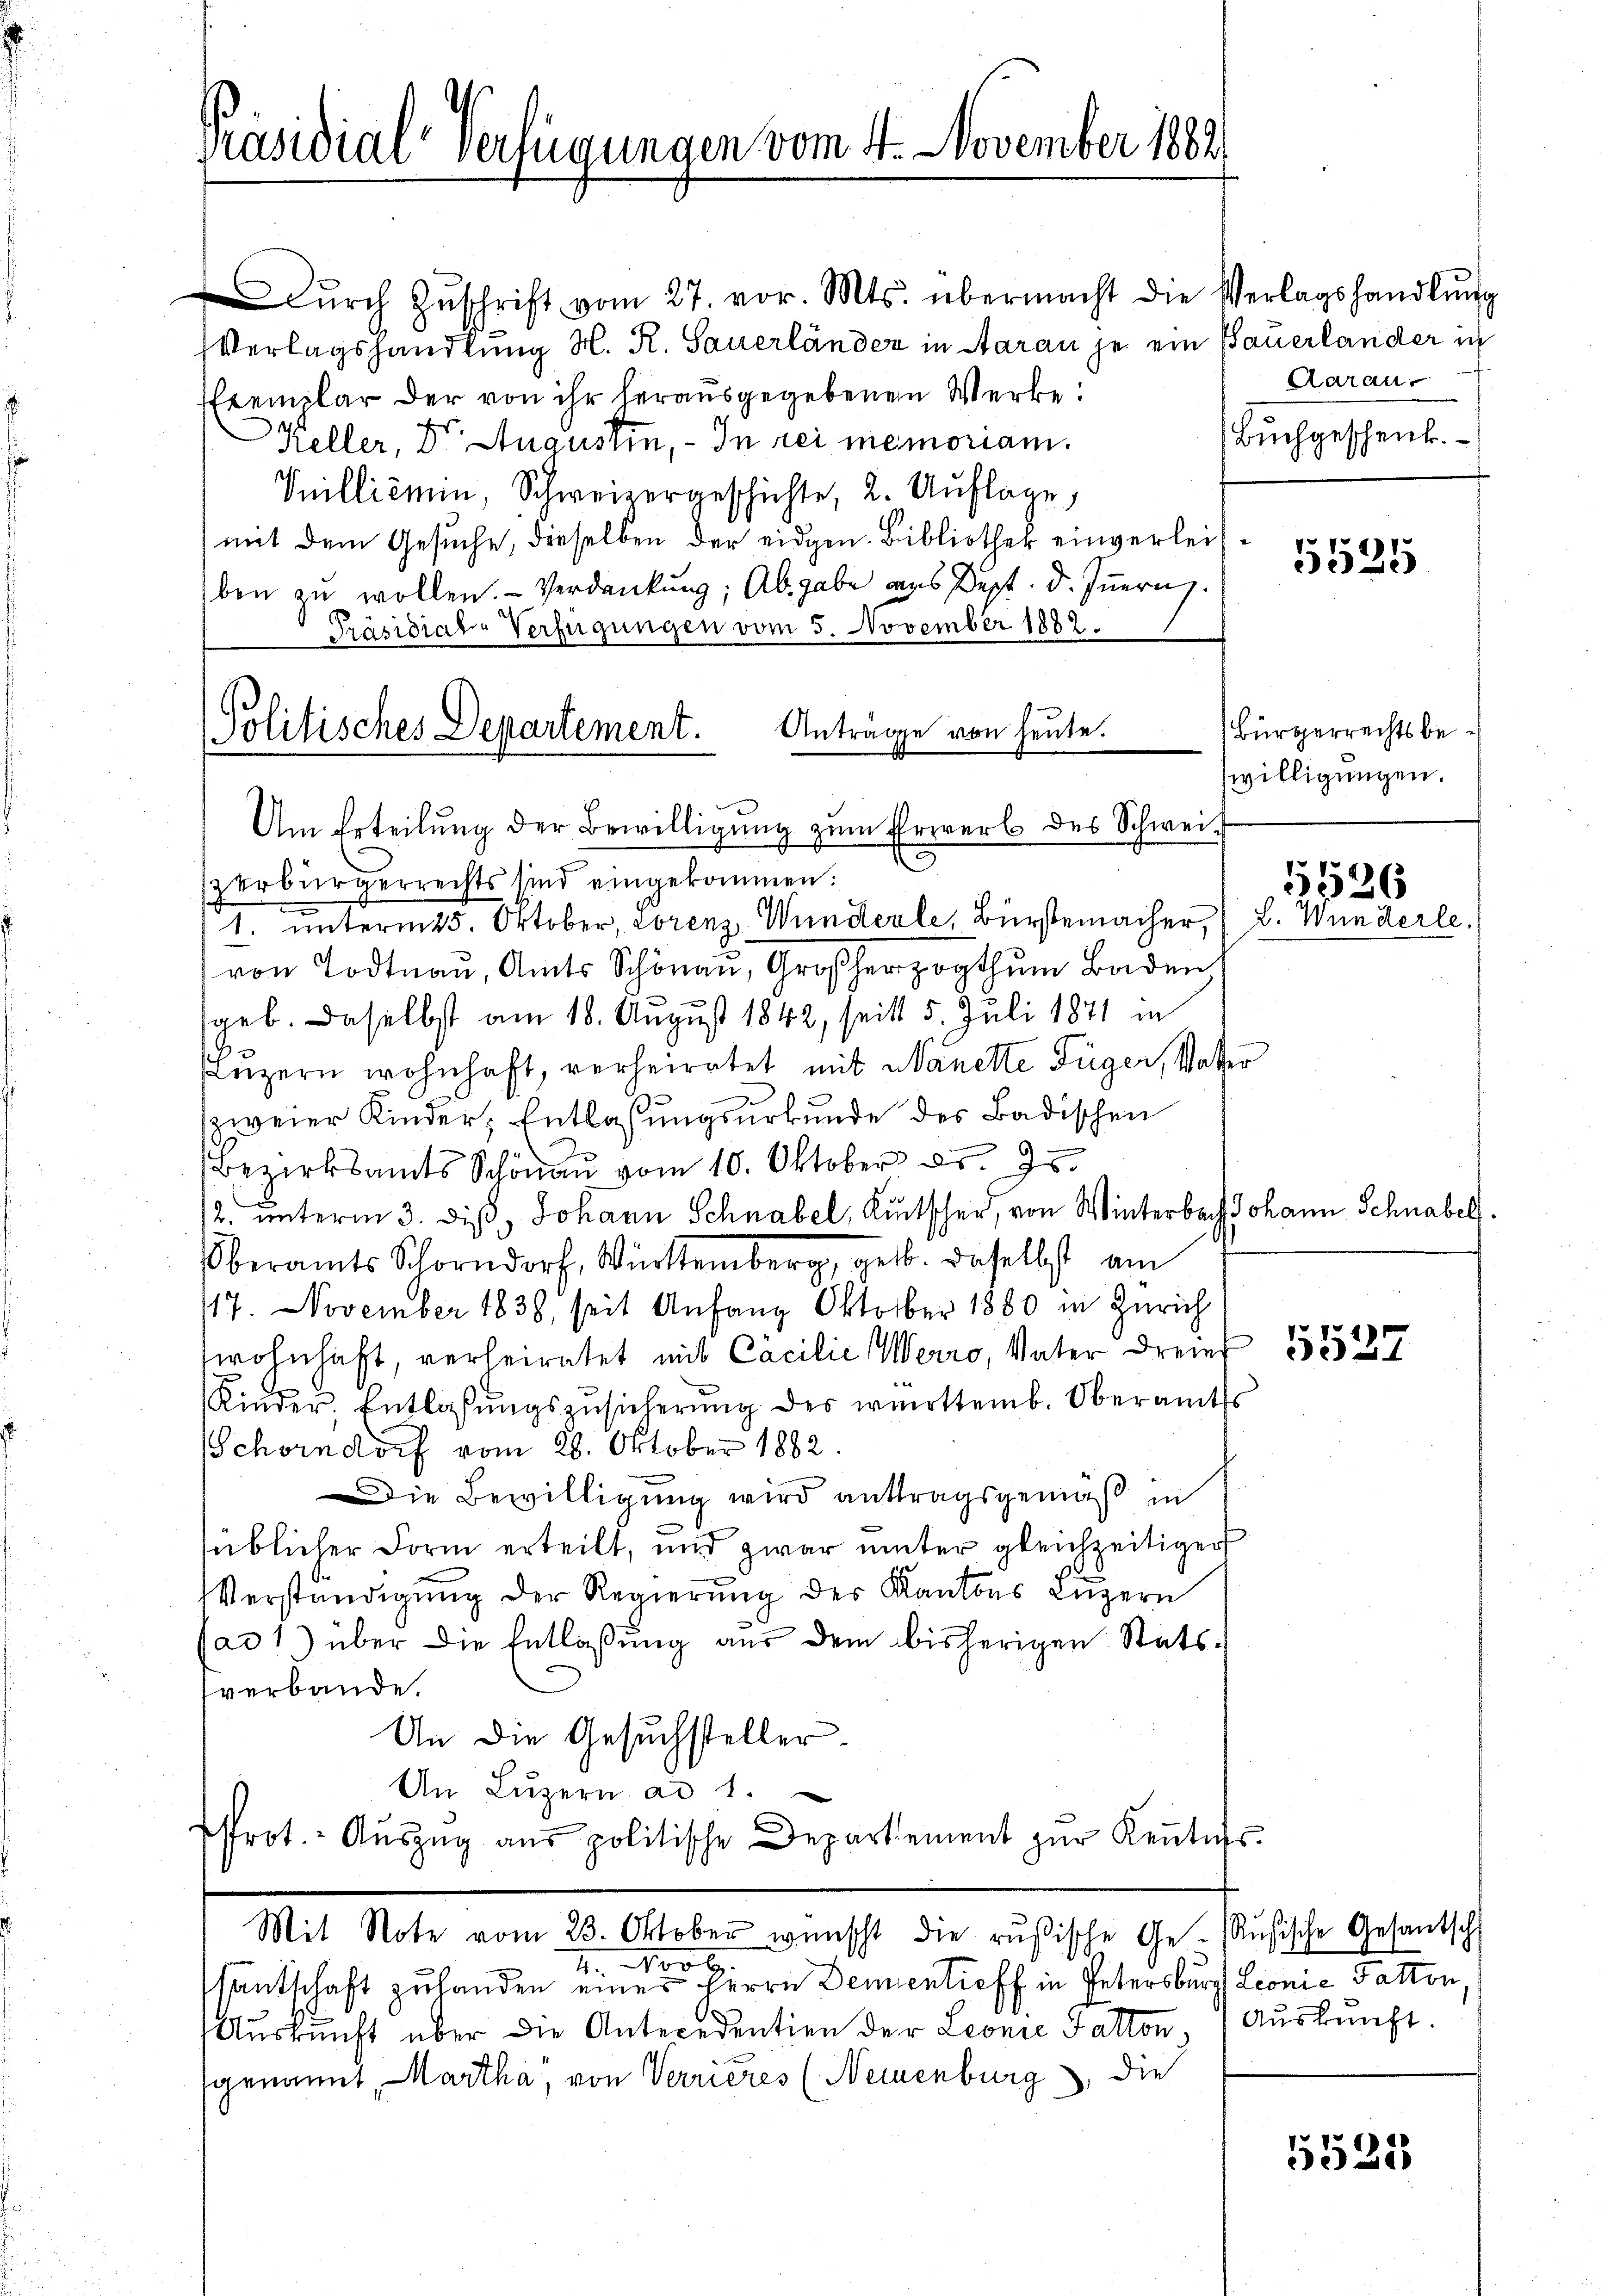
Präsidial-Verfügungen vom 4. November 1882

Politisches Departement. Anträge von heute.

Dŭrch Zŭschrift vom 27. vor. Mts. übermacht die Verlagshandlŭng
Verlagshandlung N. K. Sauerländer in Aarau je ein Bauerlander in
Exemplar der von ihr herausgegebenen Werke:
Keller, Dr. Augustin, - In rei memoriam.
Vnillicmin, Schweizergeschichte, 2. Auflage,
mit dem Gesuche, dieselben der eidgen. Bibliothek einverlei
ben zu wollen. - Verdankung; Abgabe aus Dept. d. Innern.
Präsidial-Verfügungen vom 5. November 1882.
Um Erteilung der Bewilligung zum Erwerb des Schwei-
zerbürgerrechts sind eingekommen.
r
1. unterm 25. Oktober, Lorenz, Wunderle, Bürstemacher, (L. Wunder
von Todtnau, Amts Schönau, Großherzogthum Baden
geb. Daselbst am 18. August 1842, seits 5. Juli 1871 in
Luzern wohnhaft, verheiratet mit Manette Füger, Vate
zweier Kinder Entlassungsurkunde des Badischen
Bezirksamts Schönau vom 10. Oktober d. Js.
2. unterm 3. dieß, Johann Schnabel, Kutscher, von Winterbach Johann Schnabel
Oberamts Schorndorf, Württemberg, geb. daselbst am
117. November 1838, seit Anfang Oktober 1880 in Zürich
wohnhaft, verheiratet mit Cacilie Werro, Vater dreier
Kinder, Entlassŭngszŭsicherŭng des württemb. Oberamts
Schorndorf vom 28. Oktober 1882
Die Bewilligung wird anttragsgemäß in
üblicher Form erteilt, und zwar unter gleichzeitiger
Verständigung der Regierung des Kantons Luzern
jad1) über die Entlaßung aus dem bisherigen Statsverbande.
An die Gesuchsteller.
An Lŭzern ad 1.
Prot. Aŭszŭg aŭs politische Departement zur Keutig
Mit Note vom 23. Oktober wünscht die rusische Ge-Rusische Gesantsch
100 l.
2
santschaft zulanden einer Herrn Dementieff in Petersburg Leonić Fatton,
Auskunft über die Antecedention der Leonie Patton
sgenannt, Martha, von Verrieres (Neuenburg, die

Aarau
Buchgeschenk

5525

Bürgerrechtsbewilligungen.

5526

le.

5527

Auskunft.

1535